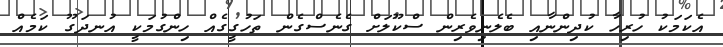
އެކަމަކު ހުރިހާ ކުދިންނާއި ބެލެނިވެރިން ސްކޫލަށް ގެނެސްގެން ތަހުގީގެއް ހިންގުމަކީ އުނދަގޫ ކަމެއް